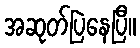
အဆုတ်ပြဲနေပြီ။